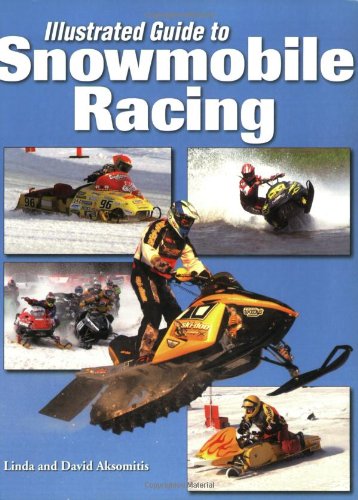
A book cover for Illustrated Guide to Snowmobile Racing; Linda Aksomitis; Sports & Outdoors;